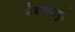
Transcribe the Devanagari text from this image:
बेबनावापुढे